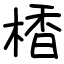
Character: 楿